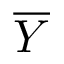
\overline { { Y } }